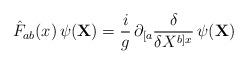
LaTeX: \begin{align*}{\hat F}_{ab}(x) \, \psi ({\bf X}) = \frac{i}{g} \,\partial_{[a} \frac{\delta}{\delta X^{b]x}} \, \psi ({\bf X})\end{align*}